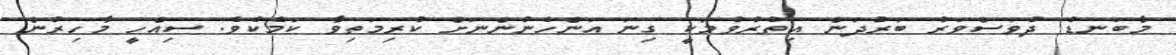
މާބަނޑު ދުވަސްވަރު ބަރުދަން އިތުރުވުމަކީ ގިނަ އަންހެނުންނަށް ކުރިމަތިވާ ކަމެކެވެ. ސިއްހީ މާހިރުން